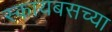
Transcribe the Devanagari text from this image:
स्कायबसच्या